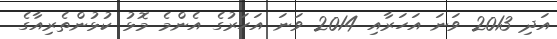
އަދި 2013 ވަނަ އަހަރާއި 2014 ވަނަ އަހަރުގެ އެންމެ މޮޅު ކުޅުންތެރިއާގެ